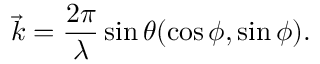
\centering \vec { k } = \frac { 2 \pi } { \lambda } \sin { \theta } ( \cos { \phi } , \sin { \phi } ) .